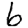
Digit: 6